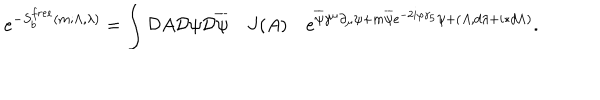
e ^ { - S _ { b } ^ { f r e e } ( m ; \Lambda , \lambda ) } = \int { \cal D } A { \cal D } \psi { \cal D } \overline { { \psi } } \quad J ( A ) \quad e ^ { \overline { { \psi } } \gamma ^ { \mu } \partial _ { \mu } \psi + m \overline { { \psi } } e ^ { - 2 i \varphi \gamma _ { 5 } } \psi + ( A , d \lambda + i \ast d \Lambda ) } .